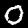
Digit: 0